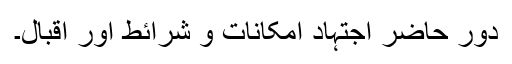
دور حاضر اجتہاد امکانات و شرائط اور اقبال۔